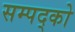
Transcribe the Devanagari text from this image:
सम्पद्को